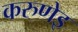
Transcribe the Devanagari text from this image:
करुणेइ